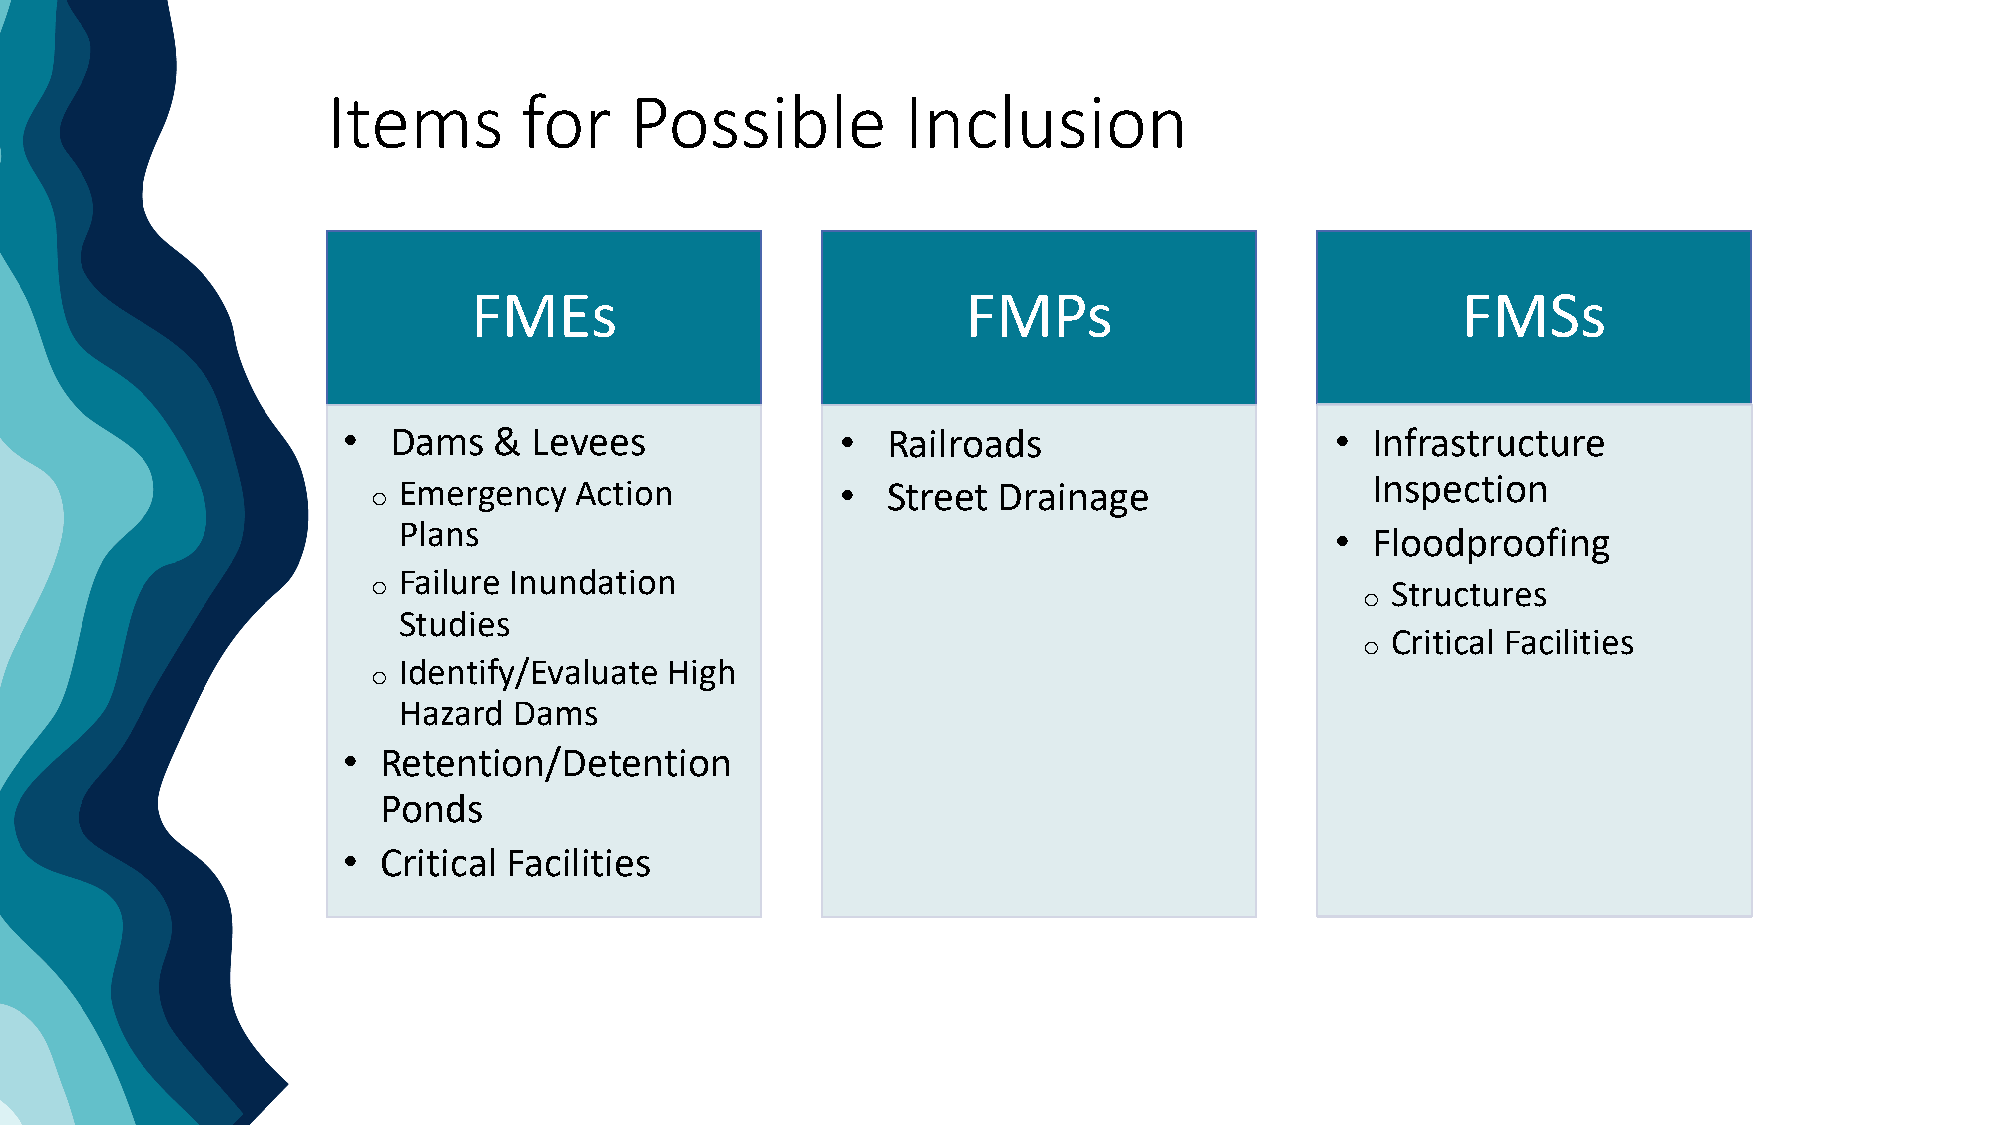
Items        for    Possible          Inclusion
 FMEs                             FMPs                             FMSs
 •  Dams   & Levees               •  Railroads                    •  Infrastructure
 Emergency   Action            •  Street Drainage                 Inspection
 o
 Plans
 •  Floodproofing
 Failure Inundation
 o                                                                  Structures
 o
 Studies
 Critical Facilities
 o
 Identify/Evaluate High
 o
 Hazard  Dams
 • Retention/Detention
 Ponds
 • Critical Facilities